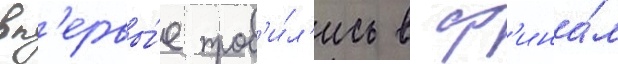
вп'ервы́е проб'и́л'ись в ф'ина́л